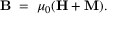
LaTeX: \mathbf { B } \ = \ \mu _ { 0 } ( \mathbf { H } + \mathbf { M } ) .